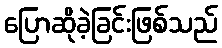
ပြောဆိုခဲ့ခြင်းဖြစ်သည်